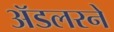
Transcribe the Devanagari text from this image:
ॲडलरने